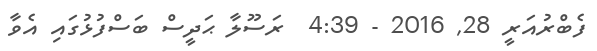
ފެބްރުއަރީ 28